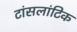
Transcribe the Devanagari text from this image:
टांसलांटिक